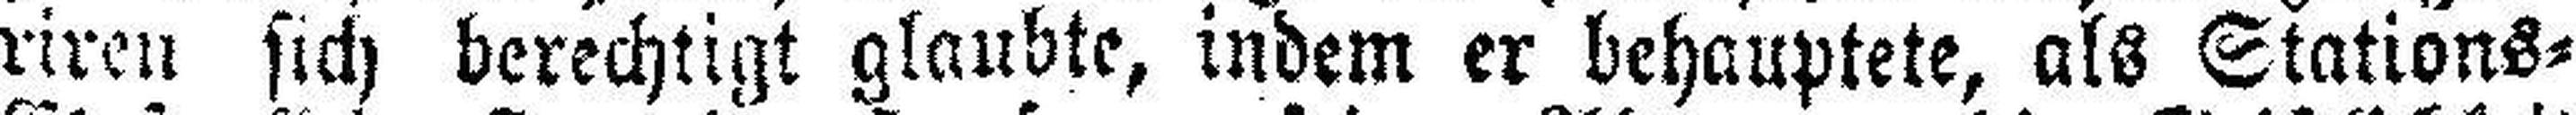
riren sich berechtigt glaubte, indem er behauptete, als Stations=